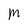
Character: M